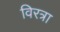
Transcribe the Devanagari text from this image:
विरत्रा